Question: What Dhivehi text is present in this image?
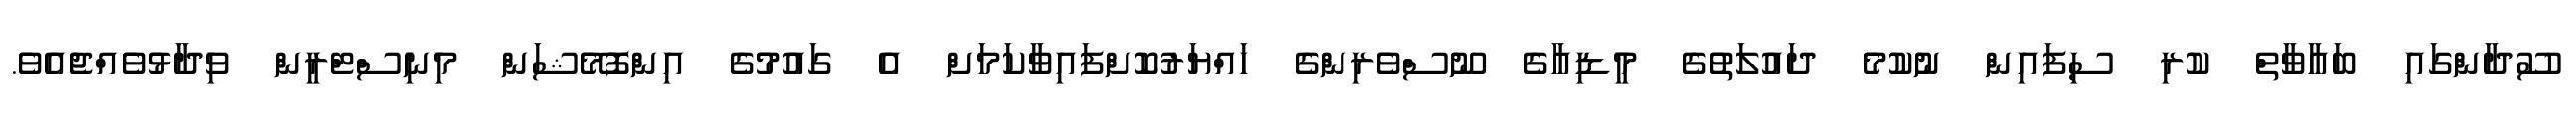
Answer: ސޫދާންގައި ބަޣާވާތް ކުރި ސިފައިން ނުކުމެ ދައުލަތުގެ މީޑިއާގެ ނޫސްވެރިންގެ ހައްޔަރުކޮށްފައިވާކަމަށް އެ ގައުމުގެ އިންފޮމޭޝަން މިނިސްޓްރީން ވިދާޅުވެއްޖެއެވެ.